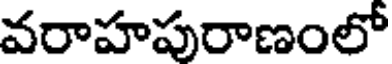
వరాహపురాణంలో